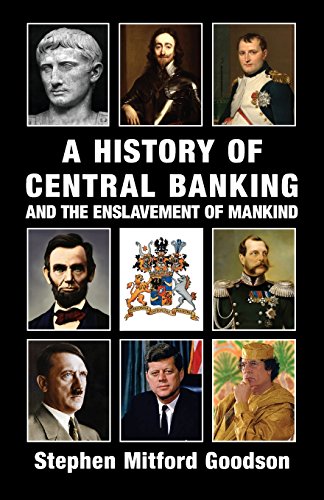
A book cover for A History of Central Banking and the Enslavement of Mankind; Stephen Mitford Goodson; Business & Money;